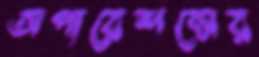
অপারেশন্সের